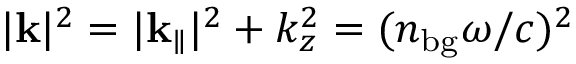
| { \bf k } | ^ { 2 } = | { \bf k } _ { \parallel } | ^ { 2 } + k _ { z } ^ { 2 } = ( n _ { \mathrm { b g } } \omega / c ) ^ { 2 }